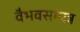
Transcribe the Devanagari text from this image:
वैभवसम्पन्न